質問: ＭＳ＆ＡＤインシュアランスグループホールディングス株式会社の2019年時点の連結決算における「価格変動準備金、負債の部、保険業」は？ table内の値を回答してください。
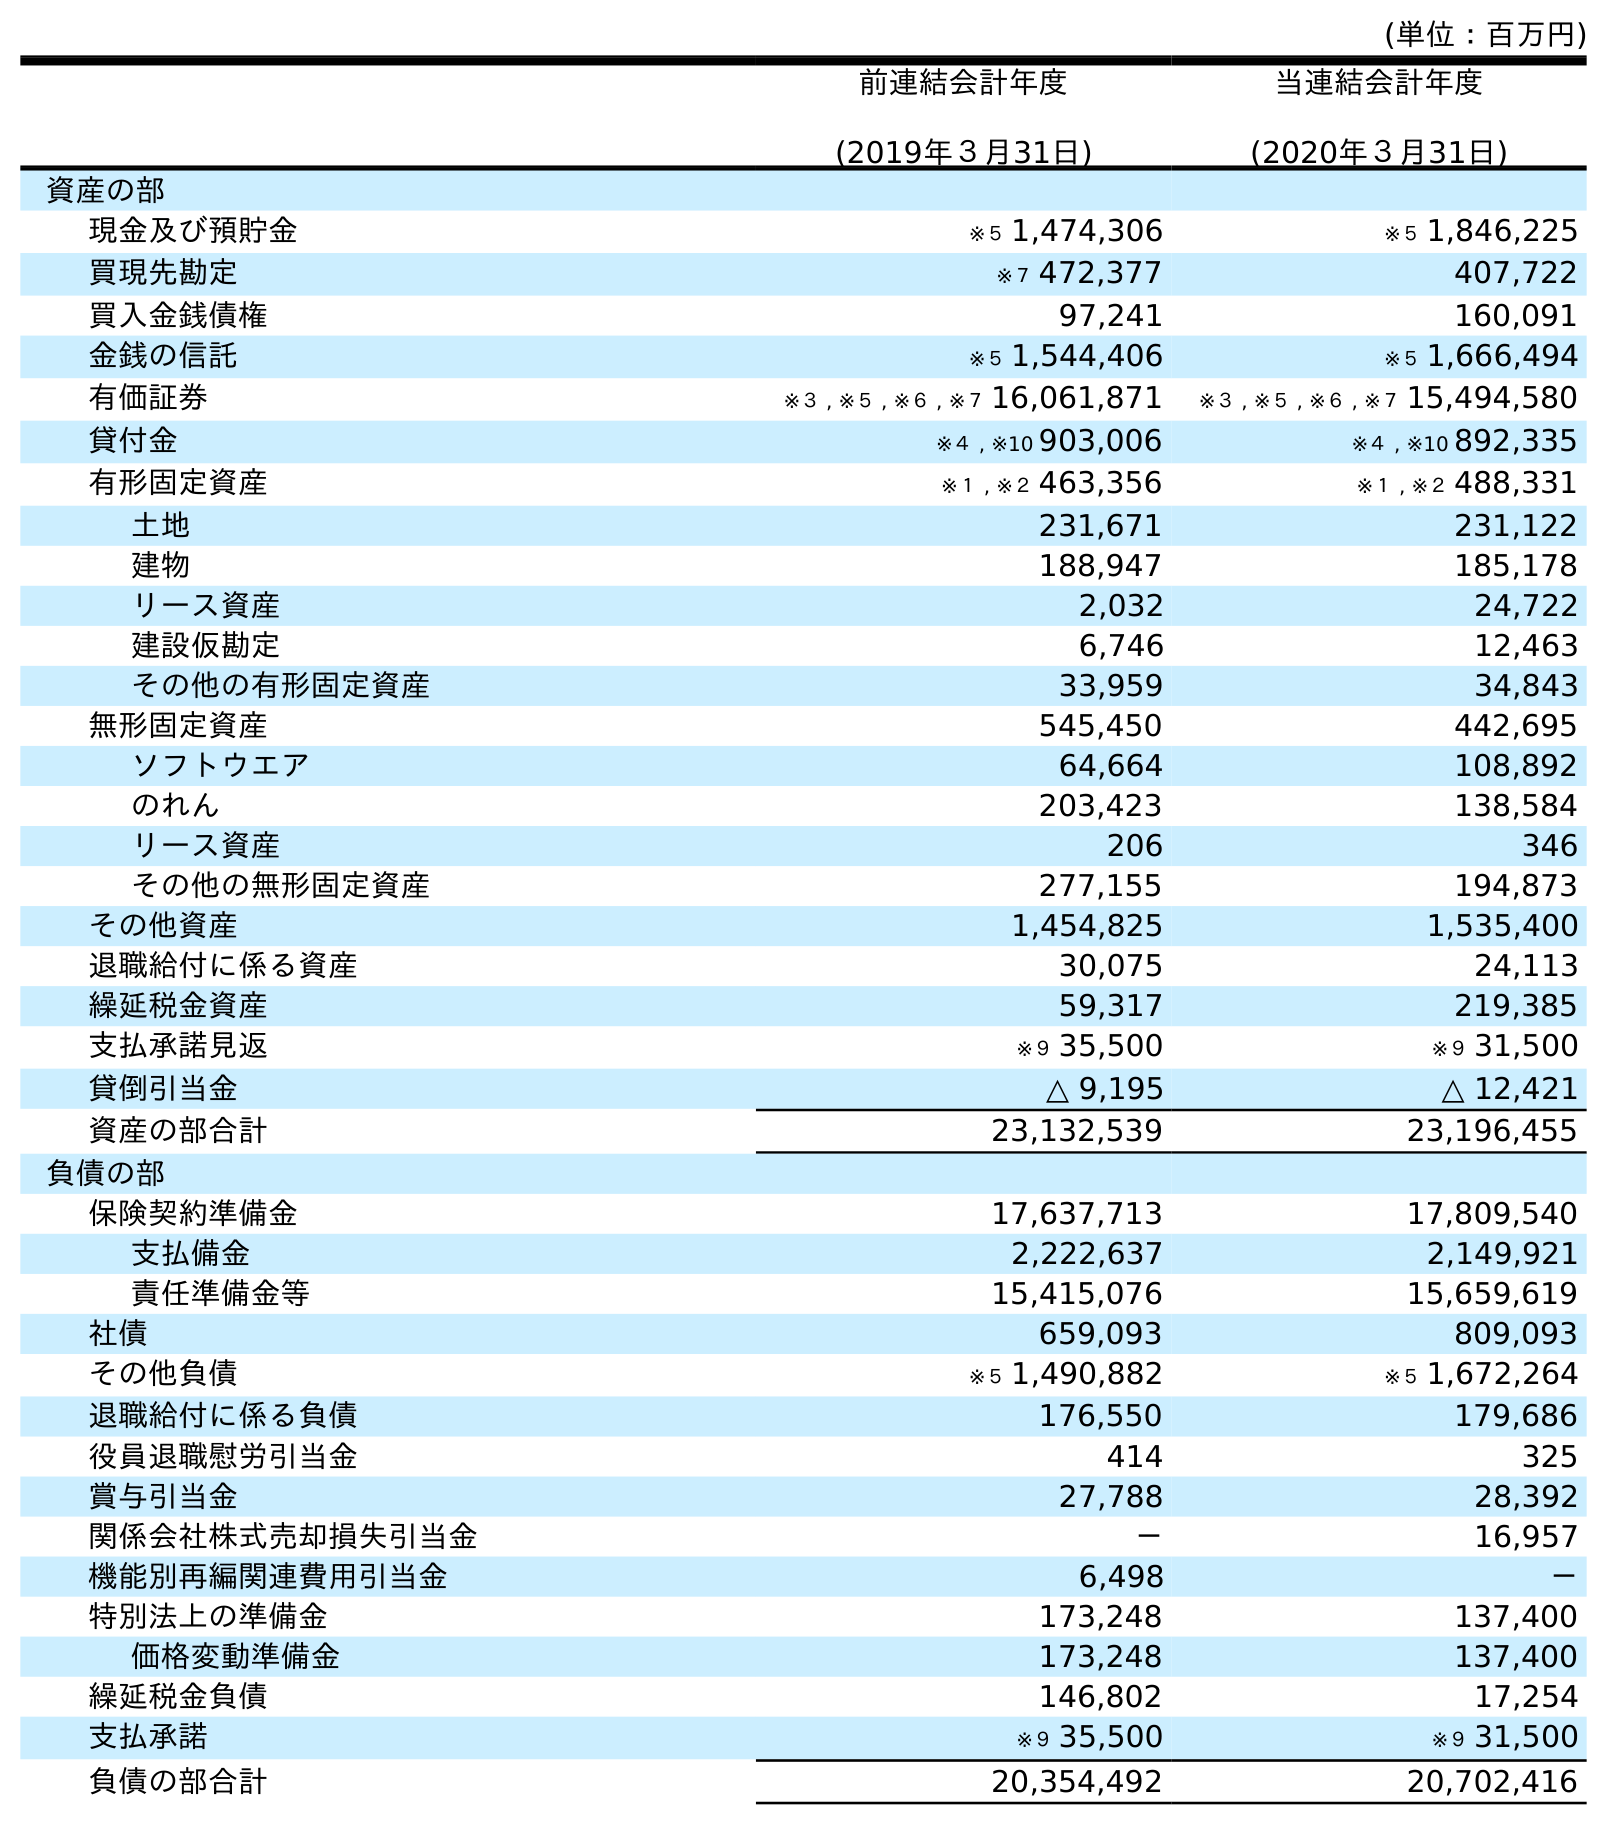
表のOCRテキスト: (単位：百万円) 前連結会計年度 (2019年３月31日) 当連結会計年度 (2020年３月31日) 資産の部 現金及び預貯金 ※５ 1,474,306 ※５ 1,846,225 買現先勘定 ※７ 472,377 407,722 買入金銭債権 97,241 160,091 金銭の信託 ※５ 1,544,406 ※５ 1,666,494 有価証券 ※３ , ※５ , ※６ , ※７ 16,061,871 ※３ , ※５ , ※６ , ※７ 15,494,580 貸付金 ※４ , ※10 903,006 ※４ , ※10 892,335 有形固定資産 ※１ , ※２ 463,356 ※１ , ※２ 488,331 土地 231,671 231,122 建物 188,947 185,178 リース資産 2,032 24,722 建設仮勘定 6,746 12,463 その他の有形固定資産 33,959 34,843 無形固定資産 545,450 442,695 ソフトウエア 64,664 108,892 のれん 203,423 138,584 リース資産 206 346 その他の無形固定資産 277,155 194,873 その他資産 1,454,825 1,535,400 退職給付に係る資産 30,075 24,113 繰延税金資産 59,317 219,385 支払承諾見返 ※９ 35,500 ※９ 31,500 貸倒引当金 △ 9,195 △ 12,421 資産の部合計 23,132,539 23,196,455 負債の部 保険契約準備金 17,637,713 17,809,540 支払備金 2,222,637 2,149,921 責任準備金等 15,415,076 15,659,619 社債 659,093 809,093 その他負債 ※５ 1,490,882 ※５ 1,672,264 退職給付に係る負債 176,550 179,686 役員退職慰労引当金 414 325 賞与引当金 27,788 28,392 関係会社株式売却損失引当金 － 16,957 機能別再編関連費用引当金 6,498 － 特別法上の準備金 173,248 137,400 価格変動準備金 173,248 137,400 繰延税金負債 146,802 17,254 支払承諾 ※９ 35,500 ※９ 31,500 負債の部合計 20,354,492 20,702,416
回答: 173,248